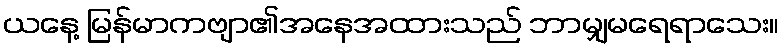
ယနေ့ မြန်မာကဗျာ၏အနေအထားသည် ဘာမျှမရေရာသေး။